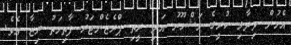
އެމުން ވިދާލި ކުރީގެ މަޝްހޫރު އަދި ރީތި ޕްރެޒެންޓަރު ފާތިމަތު ރިޒާ އެވެ.